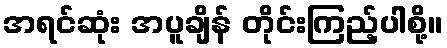
အရင်ဆုံး အပူချိန် တိုင်းကြည့်ပါစို့။